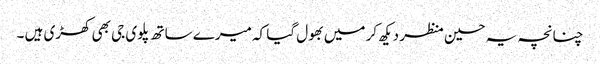
چنانچہ یہ حسین منظر دیکھ کر میں بھول گیا کہ میرے ساتھ پلوی جی بھی کھڑی ہیں ۔